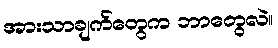
အားသာချက်တွေက ဘာတွေလဲ။